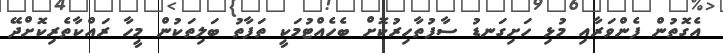
އެގޮތުން ފެންވަރާއި މުޅި ހަށިގަނޑު ސާފުތާހިރުކޮށް ބެހެއްޓުމަކީ ތަފާތު ބަލިތަކުން މީހާ ރައްކާތެރިކޮށްދޭ